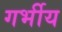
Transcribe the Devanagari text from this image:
गर्भीय